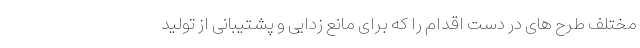
مختلف طرح های در دست اقدام را که برای مانع زدایی و پشتیبانی از تولید